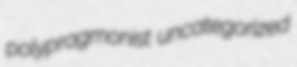
polypragmonist uncategorized